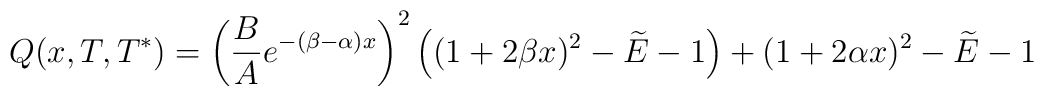
{Q(x,T,T^*) = { \left( {B \over A} e^{-( \beta - \alpha ) x} \right) }^2 \left( (1 + 2 \beta x )^2 - \widetilde{E} - 1 \right) + (1 + 2 \alpha x)^2 - \widetilde{E} - 1 }